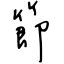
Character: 節